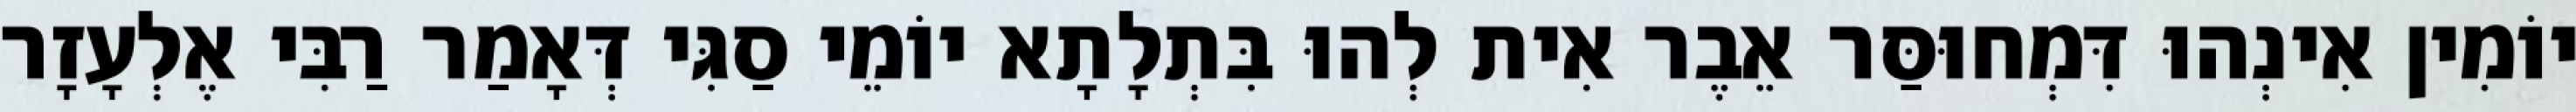
יוֹמִין אִינְהוּ דִּמְחוּסַּר אֵבֶר אִית לְהוּ בִּתְלָתָא יוֹמֵי סַגִּי דְּאָמַר רַבִּי אֶלְעָזָר